Annual administration report of the Civil Veterinary Department, Sind - 1942-1943
Year: 1942
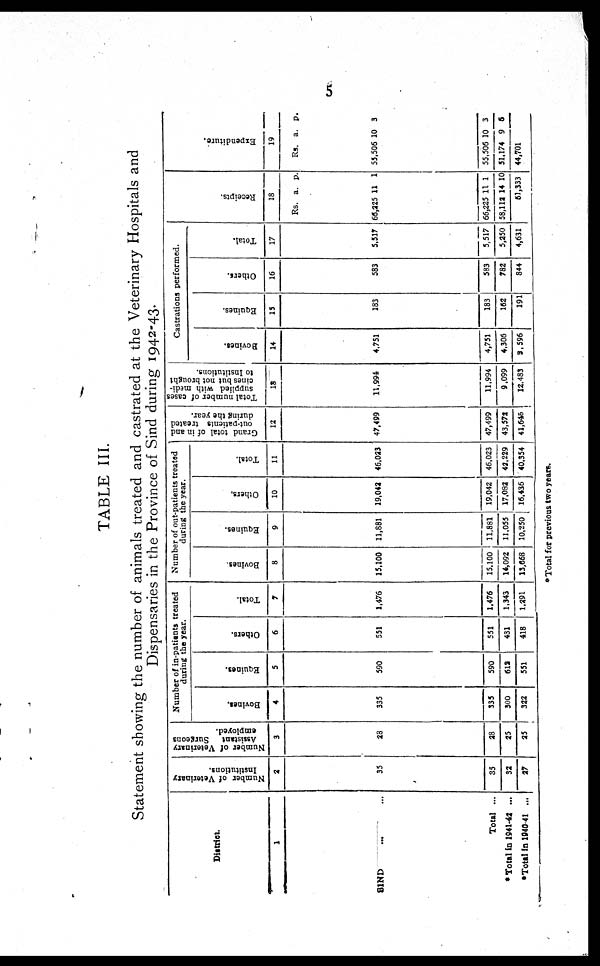
5
TABLE III.
Statement showing the number of animals treated and castrated at the Veterinary Hospitals and
Dispensaries in the Province of Sind during 1942-43.
District.
1
SIND ... ...
Total ...
* Total in 1941-43 ...
*Total in 1940-41 ...
Number of Veterinary
Institutions.
2
35
35
32
17
Number of Veterinary
Assistant
Surgeons
employed.
3
23
28
25
25
Number of in-patients treated
during the year.
Bovines.
4
335
335
300
322
Equines.
5
590
590
612
551
Others.
6
551
551
431
418
Total.
7
1,476
1,476
1,343
1,291
Number of out-patients treated
during the year.
Bovines.
8
15,100
15,100
14,092
13,668
Equines.
9
11,881
11,881
11,055
10,250
Others.
10
19,042
19,042
17,092
16,436
Total.
11
46,023
46,023
42,229
40,354
Grand total of in and
out-patients treated
during the year.
12
47,499
47,499
43,572
41,645
Total number of cases
supplied with medi-
cines but not brought
to institutions.
18
11,994
11,994
9,099
12,483
Castrations performed.
Bovines.
14
4,751
4,751
4,306
3,596
Equines.
15
183
183
162
191
Others.
16
583
583
782
844
Total.
17
5,517
5,517
5,250
4,631
Recei pt s .
18
Rs.
66,225
66,225
58,112
a.
11
11
14
p.
1
1
10
51,333
Expenditure.
19
Rs.
55.506
55,506
51,174
a.
10
10
9
p.
3
3
6
44,701
*Total for previous two years.